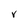
Character: V